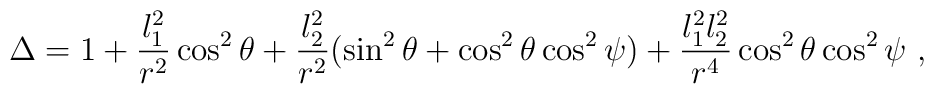
\Delta = 1+\frac{l_1^2}{r^2}\cos^2\theta +\frac{l_2^2}{r^2}(\sin^2\theta+\cos^2\theta\cos^2\psi )+\frac{l_1^2l_2^2}{r^4}\cos^2\theta\cos^2\psi\ ,